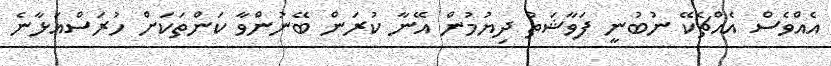
އެއްވެސް އެއްޗެކޭ ނުބުނީ ފަވާޝަތު ދިޔުމުން އޭނާ ކުރަން ބޭނުންވާ ކަންތަކަށް ހުރަސްއަޅާނެ